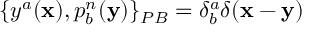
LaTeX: \{ y ^ { a } ( { \bf x } ) , p _ { b } ^ { n } ( { \bf y } ) \} _ { P B } = \delta _ { b } ^ { a } \delta ( { \bf x } - { \bf y } )